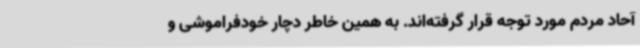
آحاد مردم مورد توجه قرار گرفته‌اند. به همین خاطر دچار خودفراموشی و